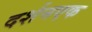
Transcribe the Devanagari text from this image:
दर्शनएक